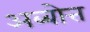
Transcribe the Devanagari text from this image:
अब्बोत्त